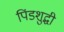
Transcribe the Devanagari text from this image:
पिंडशुद्धी